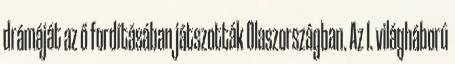
drámáját az ő fordításában játszották Olaszországban. Az I. világháború